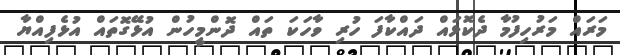
މަރައް މަރުހިފުމާ ދެކޮޅައް ދައްކާފަ ހުރި ވާހަކަ ތައް ދޮންމީހުން އުޅޭގޮތައް އުޅެފިއްޔާ